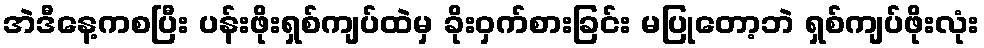
အဲဒီနေ့ကစပြီး ပန်းဖိုးရှစ်ကျပ်ထဲမှ ခိုးဝှက်စားခြင်း မပြုတော့ဘဲ ရှစ်ကျပ်ဖိုးလုံး